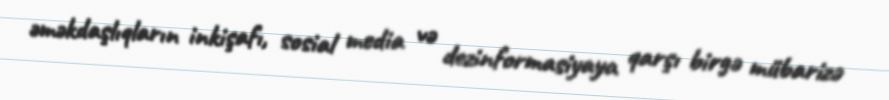
əməkdaşlıqların inkişafı, sosial media və dezinformasiyaya qarşı birgə mübarizə